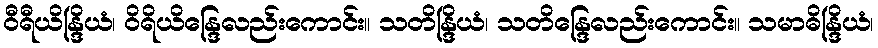
ဝီရီယိန္ဒြိယံ၊ ဝိရိယိန္ဒြေလည်းကောင်း။ သတိန္ဒြိယံ၊ သတိန္ဒြေလည်းကောင်း။ သမာဓိန္ဒြိယံ၊